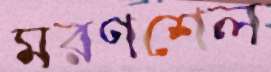
মরণশেল